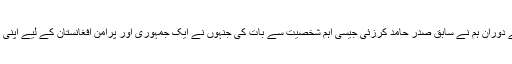
اس سفر کے دوران ہم نے سابق صدر حامد کرزئی جیسی اہم شخصیت سے بات کی جنہوں نے ایک جمہوری اور پرامن افغانستان کے لیے اپنی تجاویز دیں۔